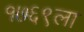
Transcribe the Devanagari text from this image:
१७६९ला